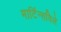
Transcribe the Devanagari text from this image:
मार्टिन्सविले